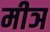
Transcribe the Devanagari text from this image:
मीञ